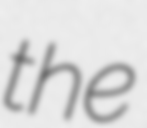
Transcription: the